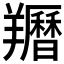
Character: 𦏩